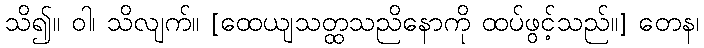
သိ၍။ ဝါ၊ သိလျက်။ [ထေယျသတ္ထသညိနောကို ထပ်ဖွင့်သည်။] တေန၊